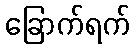
ခြောက်ရက်